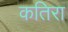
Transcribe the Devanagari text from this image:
कतिरा